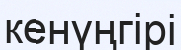
кенүңгірі